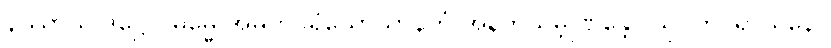
နိဿာယ ဒိဋ္ဌေဝ ဓမ္မေ အမတပရိယောသာနတံ အနဘိသမ္ဘုဏန္တော သုဂတိပရာယနော